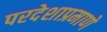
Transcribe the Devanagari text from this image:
परदेशाप्रमाणे